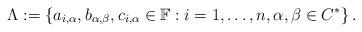
LaTeX: \begin{align*}\Lambda := \left\{ a_{i,\alpha}, b_{\alpha,\beta}, c_{i,\alpha} \in \mathbb{F} : i = 1, \dots, n, \alpha, \beta \in C^* \right\}.\end{align*}